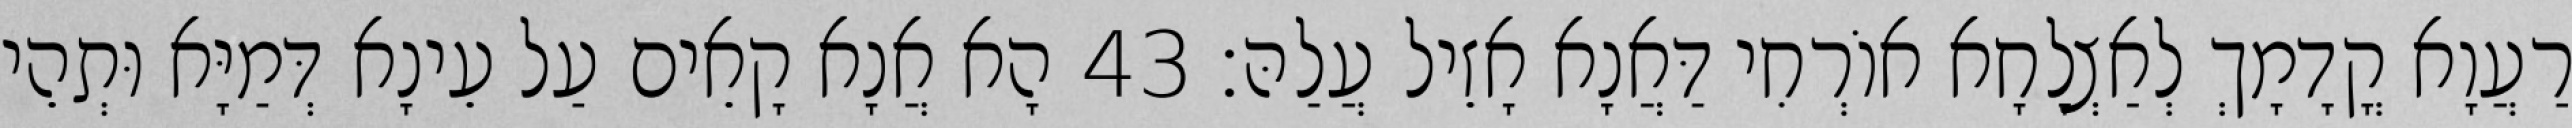
רַעֲוָא קֳדָמָךְ לְאַצְלָחָא אוֹרְחִי דַּאֲנָא אָזֵיל עֲלַהּ׃ 43 הָא אֲנָא קָאֵים עַל עֵינָא דְּמַיָּא וּתְהֵי